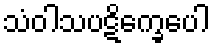
သံဝါသပဋိက္ခေပေါ